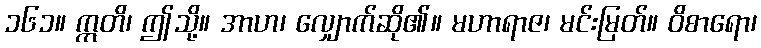
၁၆၁။ ဣတိ၊ ဤသို့။ အာဟ၊ လျှောက်ဆို၏။ မဟာရာဇ၊ မင်းမြတ်။ ဝိစာရော၊